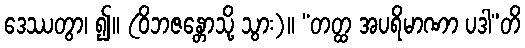
ဒေဿတွာ၊ ၍။ (ဝိဘဇန္တောသို့ သွား)။ “တတ္ထ အပရိမာဏာ ပဒါ”တိ